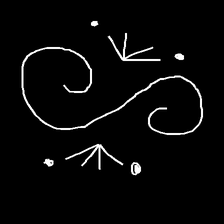
Glyph: aeroform